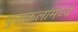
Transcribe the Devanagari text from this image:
युद्धकलांमध्ये